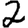
Digit: 2